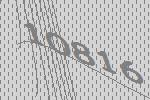
10816